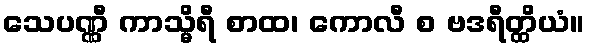
သေပဏ္ဏီ ကာသ္မိရီ စာထ၊ ကောလီ စ ဗဒရီတ္ထိယံ။